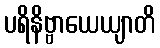
ပရိနိဗ္ဗာယေယျာတိ